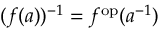
( f ( a ) ) ^ { - 1 } = f ^ { \mathrm { o p } } ( a ^ { - 1 } )